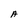
Character: A